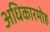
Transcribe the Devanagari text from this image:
अधिकारमोह